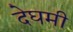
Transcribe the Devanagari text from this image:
देघमी